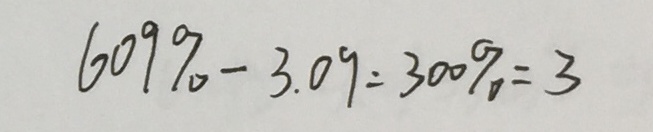
6 0 9 \% - 3 . 0 9 = 3 0 0 \% = 3